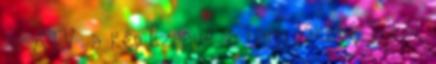
az ATV: a kép Ézsaué, a hang Jákóbé Totál